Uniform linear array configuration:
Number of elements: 12
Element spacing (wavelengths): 0.75
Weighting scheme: uniform
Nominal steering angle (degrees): -15
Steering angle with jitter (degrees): -16.454
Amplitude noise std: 0.05
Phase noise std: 0.05

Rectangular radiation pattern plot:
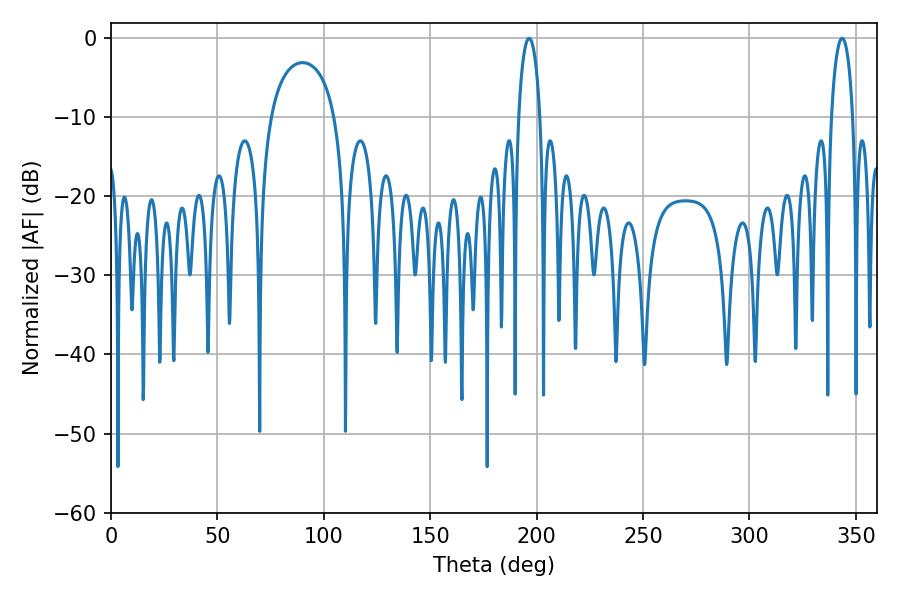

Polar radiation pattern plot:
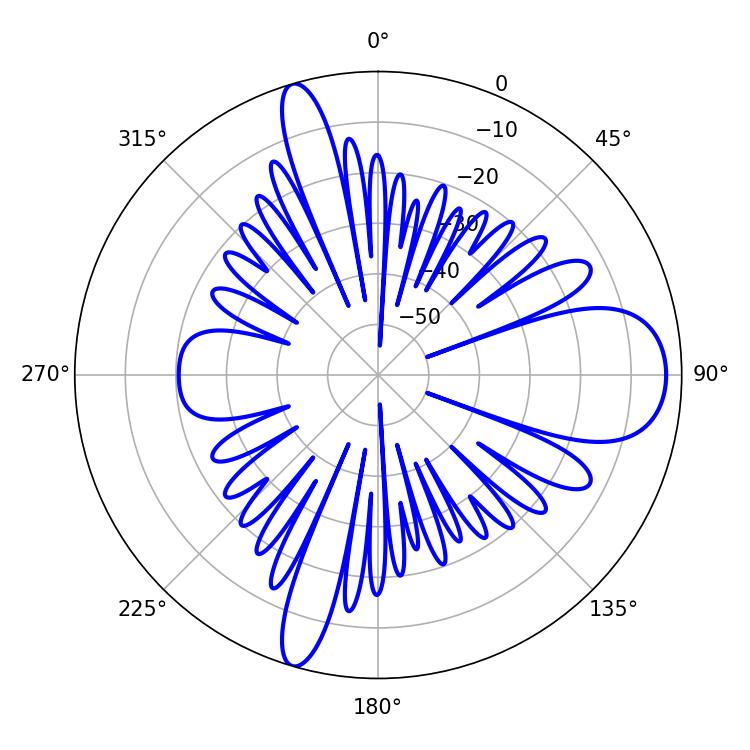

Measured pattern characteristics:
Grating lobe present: TRUE
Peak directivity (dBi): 12.019
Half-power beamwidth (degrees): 5.76
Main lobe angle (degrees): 196.38